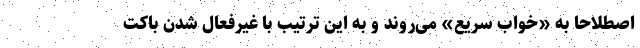
اصطلاحا به «خواب سریع» می‌روند و به این ترتیب با غیرفعال شدن باکت